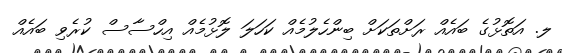
ލ. އަތޮޅުގެ ބައެއް ރަށްތަކަށް ބިންހެލުމެއް ކަހަލަ ލޮޅުމެއް އިހްސާސް ކުރެވި ބައެއް